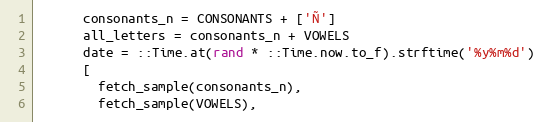
Language: Ruby
      consonants_n = CONSONANTS + ['Ñ']
      all_letters = consonants_n + VOWELS
      date = ::Time.at(rand * ::Time.now.to_f).strftime('%y%m%d')
      [
        fetch_sample(consonants_n),
        fetch_sample(VOWELS),